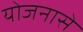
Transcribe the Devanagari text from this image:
योजनासे